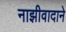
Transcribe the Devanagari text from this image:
नाझीवादाने